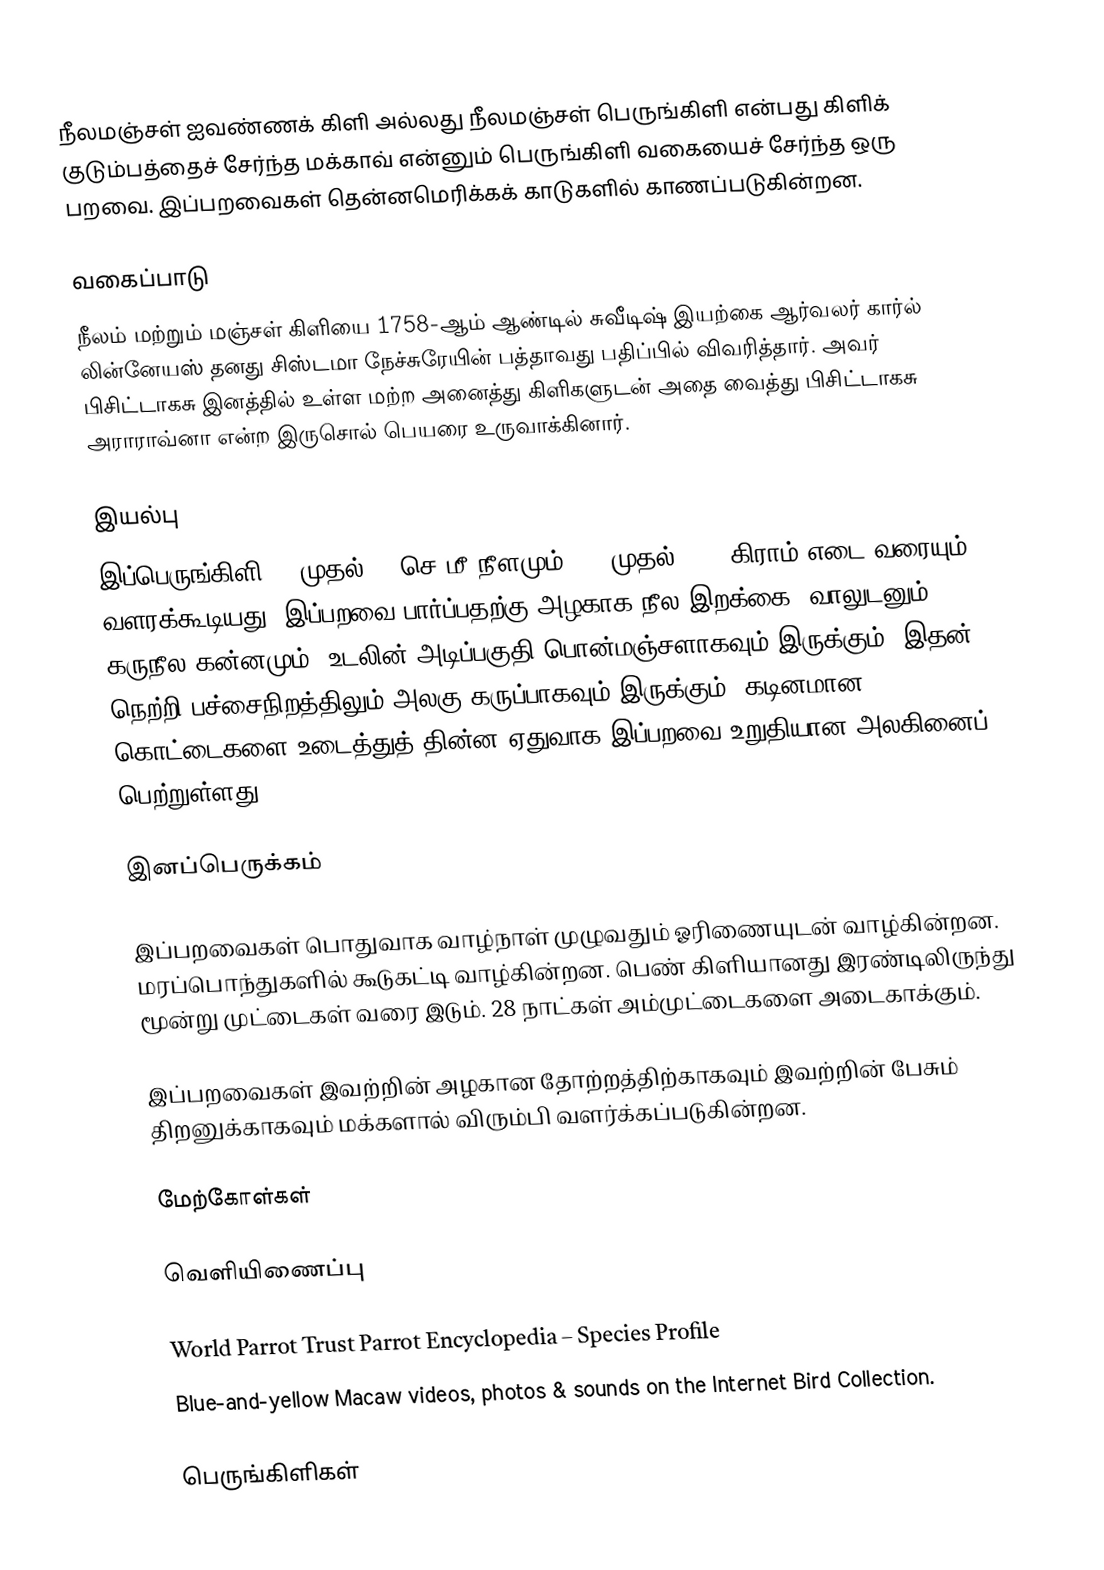
நீலமஞ்சள் ஐவண்ணக் கிளி அல்லது நீலமஞ்சள் பெருங்கிளி என்பது கிளிக் குடும்பத்தைச் சேர்ந்த மக்காவ் என்னும் பெருங்கிளி வகையைச் சேர்ந்த ஒரு பறவை. இப்பறவைகள் தென்னமெரிக்கக் காடுகளில் காணப்படுகின்றன.

வகைப்பாடு
நீலம் மற்றும் மஞ்சள் கிளியை 1758-ஆம் ஆண்டில் சுவீடிஷ் இயற்கை ஆர்வலர் கார்ல் லின்னேயஸ் தனது சிஸ்டமா நேச்சுரேயின் பத்தாவது பதிப்பில் விவரித்தார். அவர் பிசிட்டாகசு இனத்தில் உள்ள மற்ற அனைத்து கிளிகளுடன் அதை வைத்து பிசிட்டாகசு அராராவ்னா என்ற இருசொல் பெயரை உருவாக்கினார்.

இயல்பு
இப்பெருங்கிளி 76 முதல் 83 செ.மீ நீளமும் 900 முதல் 1300 கிராம் எடை வரையும் வளரக்கூடியது. இப்பறவை பார்ப்பதற்கு அழகாக நீல இறக்கை, வாலுடனும் கருநீல கன்னமும், உடலின் அடிப்பகுதி பொன்மஞ்சளாகவும் இருக்கும். இதன் நெற்றி பச்சைநிறத்திலும் அலகு கருப்பாகவும் இருக்கும். கடினமான கொட்டைகளை உடைத்துத் தின்ன ஏதுவாக இப்பறவை உறுதியான அலகினைப் பெற்றுள்ளது.

இனப்பெருக்கம்

இப்பறவைகள் பொதுவாக வாழ்நாள் முழுவதும் ஓரிணையுடன் வாழ்கின்றன. மரப்பொந்துகளில் கூடுகட்டி வாழ்கின்றன. பெண் கிளியானது இரண்டிலிருந்து மூன்று முட்டைகள் வரை இடும். 28 நாட்கள் அம்முட்டைகளை அடைகாக்கும்.

இப்பறவைகள் இவற்றின் அழகான தோற்றத்திற்காகவும் இவற்றின் பேசும் திறனுக்காகவும் மக்களால் விரும்பி வளர்க்கப்படுகின்றன.

மேற்கோள்கள்

வெளியிணைப்பு

World Parrot Trust Parrot Encyclopedia – Species Profile
Blue-and-yellow Macaw videos, photos & sounds  on the Internet Bird Collection.

பெருங்கிளிகள்